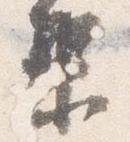
梨